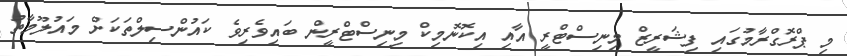
މި ޕްރޮގްރާމުގައި ފިޝަރީޒް މިނިސްޓްރީ އާއި އިކޮނޮމިކް މިނިސްޓްރީން ބައިވެރިވެ ކައުންސިލްތަކަށް މައުލޫމާތު